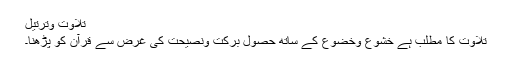
تلاوت وترتیل
تلاوت کا مطلب ہے خشوع وخضوع کے ساتھ حصولِ برکت ونصیحت کی غرض سے قرآن کو پڑھنا۔